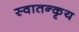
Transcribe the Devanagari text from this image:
स्वातन्कृय